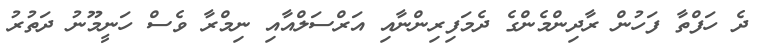
ދެ ހަފްތާ ފަހުން ރާދިންމެންގެ ދެމަފިރިންނާއި އަރްސަލްއާއި ނިމްރާ ވެސް ހަނީމޫނު ދަތުރު